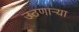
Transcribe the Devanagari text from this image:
उठणार्‍या